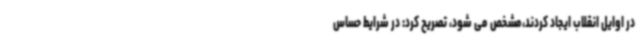
در اوایل انقلاب ایجاد کردند،مشخص می شود، تصریح کرد: در شرایط حساس